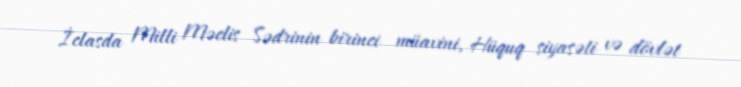
İclasda Milli Məclis Sədrinin birinci müavini, Hüquq siyasəti və dövlət